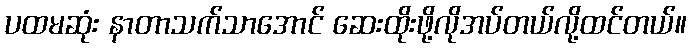
ပထမဆုံး နာတာသက်သာအောင် ဆေးထိုးဖို့လိုအပ်တယ်လို့ထင်တယ်။